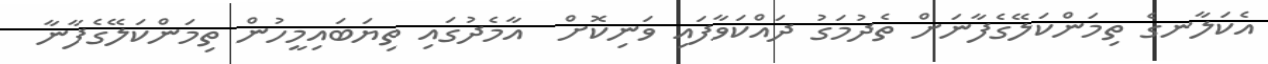
އެކަލާނގެ ތިމަންކަލޭގެފާނަށް ތެދުމަގު ދައްކަވާފައި ވަނިކޮށް  އާމެދުގައި ތިޔަބައިމީހުން ތިމަންކަލޭގެފާނާ